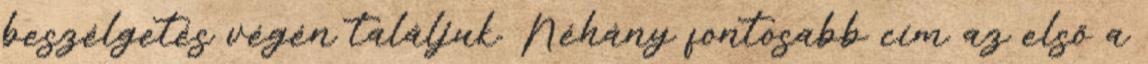
beszélgetés végén találjuk. Néhány fontosabb cím az első a